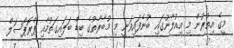
މީގެ އިތުރުން މި އިއުލާނުގައި ބުނެފައިވަނީ މި މުބާރާތުގެ ބިޑް ބަލައިގަތުމާއި ޕްރޮޕޯސަލް